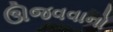
ઊજવવાનો